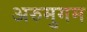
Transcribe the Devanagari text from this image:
अरुमुगम